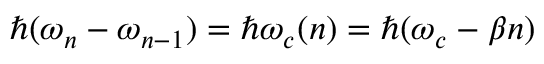
\hbar ( \omega _ { n } - \omega _ { n - 1 } ) = \hbar \omega _ { c } ( n ) = \hbar ( \omega _ { c } - \beta n )